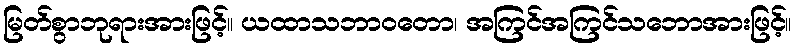
မြတ်စွာဘုရားအားဖြင့်။ ယထာသဘာဝတော၊ အကြင်အကြင်သဘောအားဖြင့်။